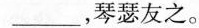
___，琴瑟友之。